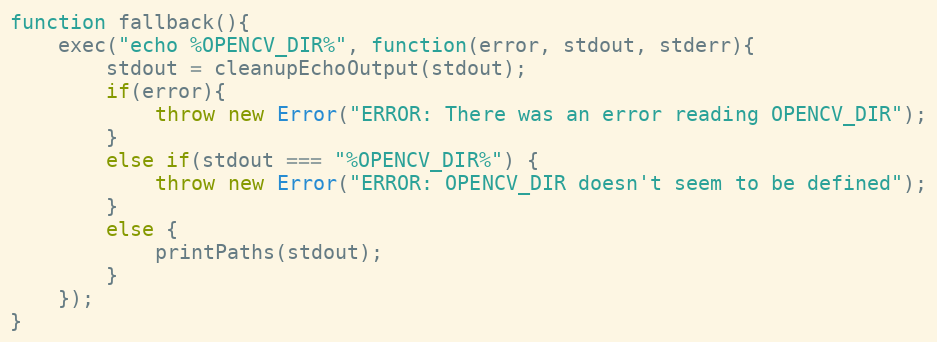
Language: JavaScript
function fallback(){
    exec("echo %OPENCV_DIR%", function(error, stdout, stderr){
        stdout = cleanupEchoOutput(stdout);
        if(error){
            throw new Error("ERROR: There was an error reading OPENCV_DIR");
        }
        else if(stdout === "%OPENCV_DIR%") {
            throw new Error("ERROR: OPENCV_DIR doesn't seem to be defined");
        }
        else {
            printPaths(stdout);
        }
    });
}